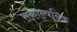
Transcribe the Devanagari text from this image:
संकाल्पनिक